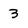
Character: 3